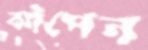
কাঁপেন